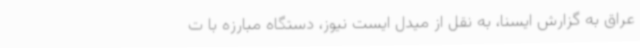
عراق به گزارش ایسنا، به نقل از میدل ایست نیوز، دستگاه مبارزه با ت